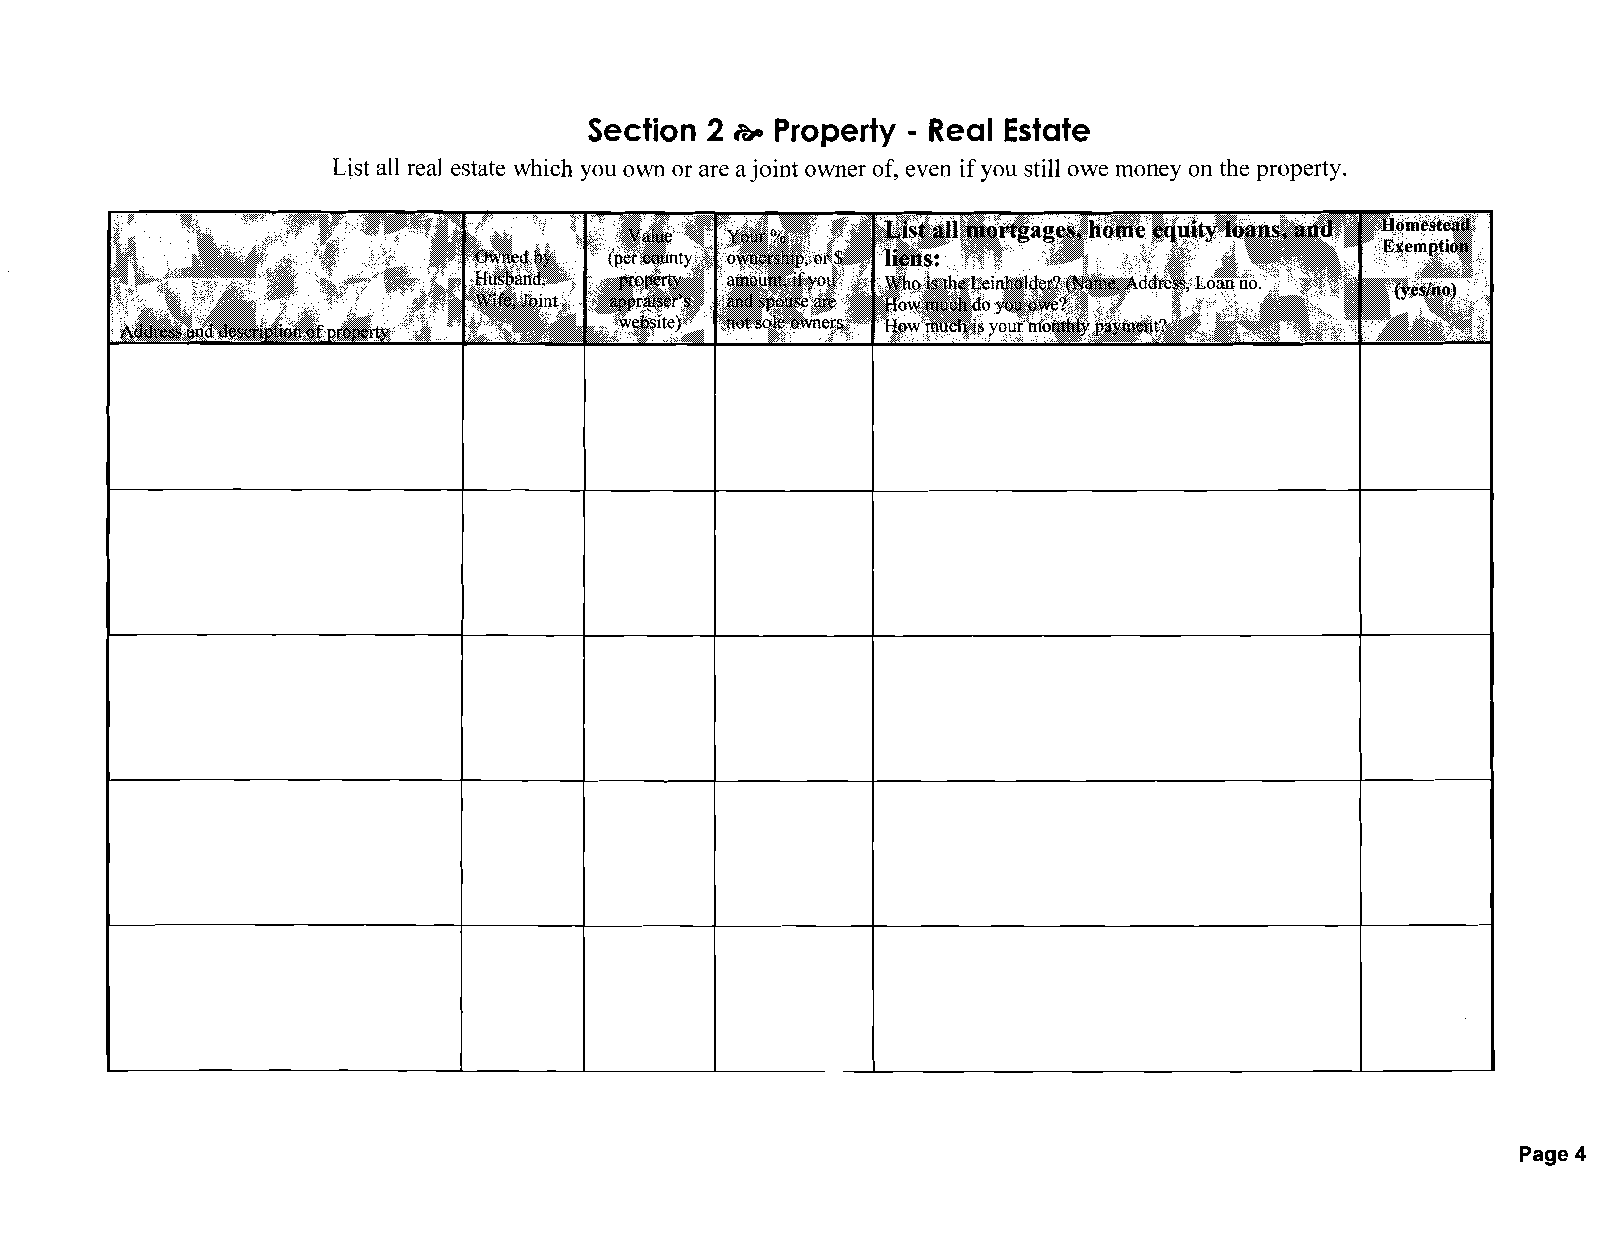
Section 2   Property - Real Estate
 &a
 List all real estate which you own or are ajoint owner of, even if you still owe money on the property.
 Page 4